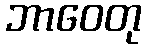
ဘာဝေတု